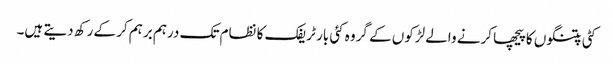
کٹی پتنگوں کا پیچھا کرنے والے لڑکوں کے گروہ کئی بار ٹریفک کا نظام تک درہم برہم کر کے رکھ دیتے ہیں۔